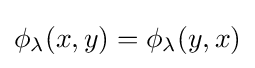
\phi _{\lambda }(x,y)=\phi _{\lambda }(y,x)